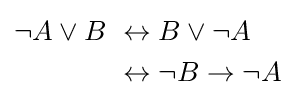
{\begin{aligned}\neg A\lor B\,&\,\leftrightarrow B\lor \neg A\\\,&\,\leftrightarrow \neg B\to \neg A\end{aligned}}